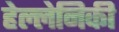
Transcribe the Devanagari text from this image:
हेल्लेनिकी